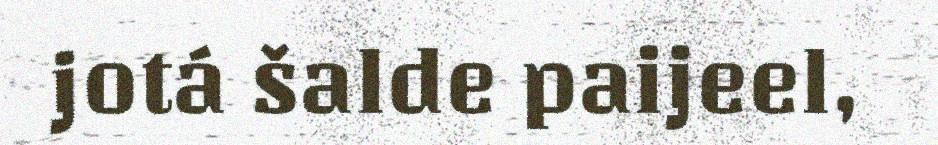
jotá šalde paijeel,